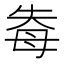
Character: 𭑐